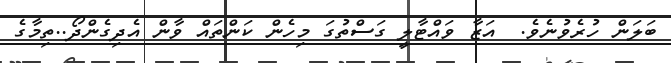
ބަލަން ހުރެވުނެވެ.  އަޒާ ވައްޓާލީ ގަސްތުގަ މިހެން ކަންތައް ވާން އެދިގެންދޯ..ތިމާގެ